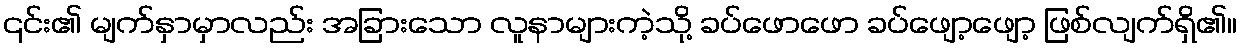
၎င်း၏ မျက်နှာမှာလည်း အခြားသော လူနာများကဲ့သို့ ခပ်ဖောဖော ခပ်ဖျော့ဖျော့ ဖြစ်လျက်ရှိ၏။